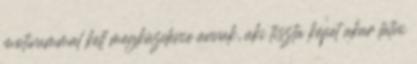
motívummal kell megküzdenie annak, aki tiszta képet akar látni